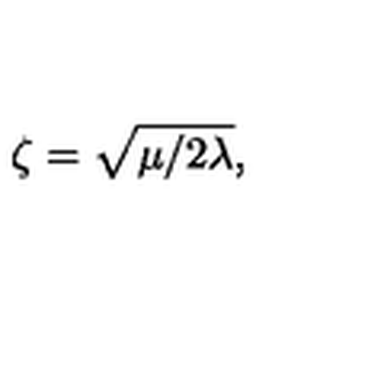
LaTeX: \zeta = \sqrt { \mu / 2 \lambda } ,